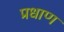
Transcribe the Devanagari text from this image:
प्रधाण